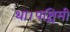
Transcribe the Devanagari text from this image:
था।पश्चिमी